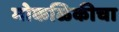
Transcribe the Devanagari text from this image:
मोकळिकीचा